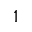
1